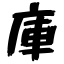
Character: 庫